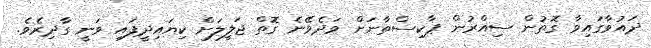
ދައުވާގައިވާ ގޮތުން ސިއްރުން ޕާކިސްތާނަށް ވަދެވޭނެ ގޮތް ޖަލީލަށް ކިޔައިދީފައި ވަނީ ގާދިރެވެ.